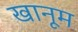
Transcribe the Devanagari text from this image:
खानूम